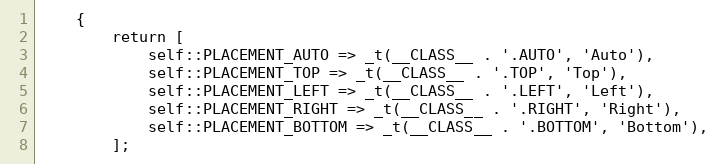
Language: PHP
    {
        return [
            self::PLACEMENT_AUTO => _t(__CLASS__ . '.AUTO', 'Auto'),
            self::PLACEMENT_TOP => _t(__CLASS__ . '.TOP', 'Top'),
            self::PLACEMENT_LEFT => _t(__CLASS__ . '.LEFT', 'Left'),
            self::PLACEMENT_RIGHT => _t(__CLASS__ . '.RIGHT', 'Right'),
            self::PLACEMENT_BOTTOM => _t(__CLASS__ . '.BOTTOM', 'Bottom'),
        ];